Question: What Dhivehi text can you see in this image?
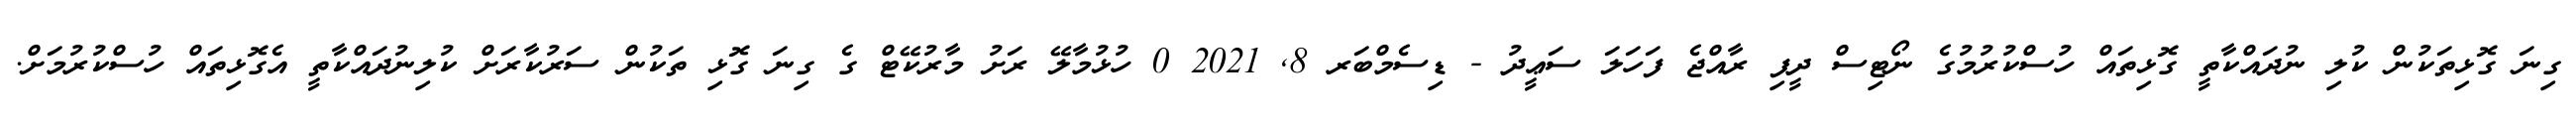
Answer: ގިނަ ގޮޅިތަކުން ކުލި ނުދައްކާތީ ގޮޅިތައް ހުސްކުރުމުގެ ނޯޓިސް ދީފި ރާއްޖެ ފަހަލަ ސަޢީދު - ޑިސެމްބަރ 8, 2021 0 ހުޅުމާލޭ ރަށު މާރުކޭޓް ގެ ގިނަ ގޮޅި ތަކުން ސަރުކާރަށް ކުލިނުދައްކާތީ އެގޮޅިތައް ހުސްކުރުމަށް.